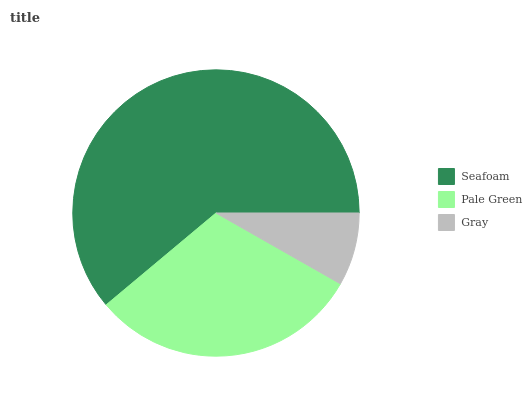
| Seafoam | Pale Green | Gray |
 | --- | --- | --- |
 | 61.1% | 30.7% | 8.22% |